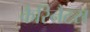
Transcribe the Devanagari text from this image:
कैरिनैटस